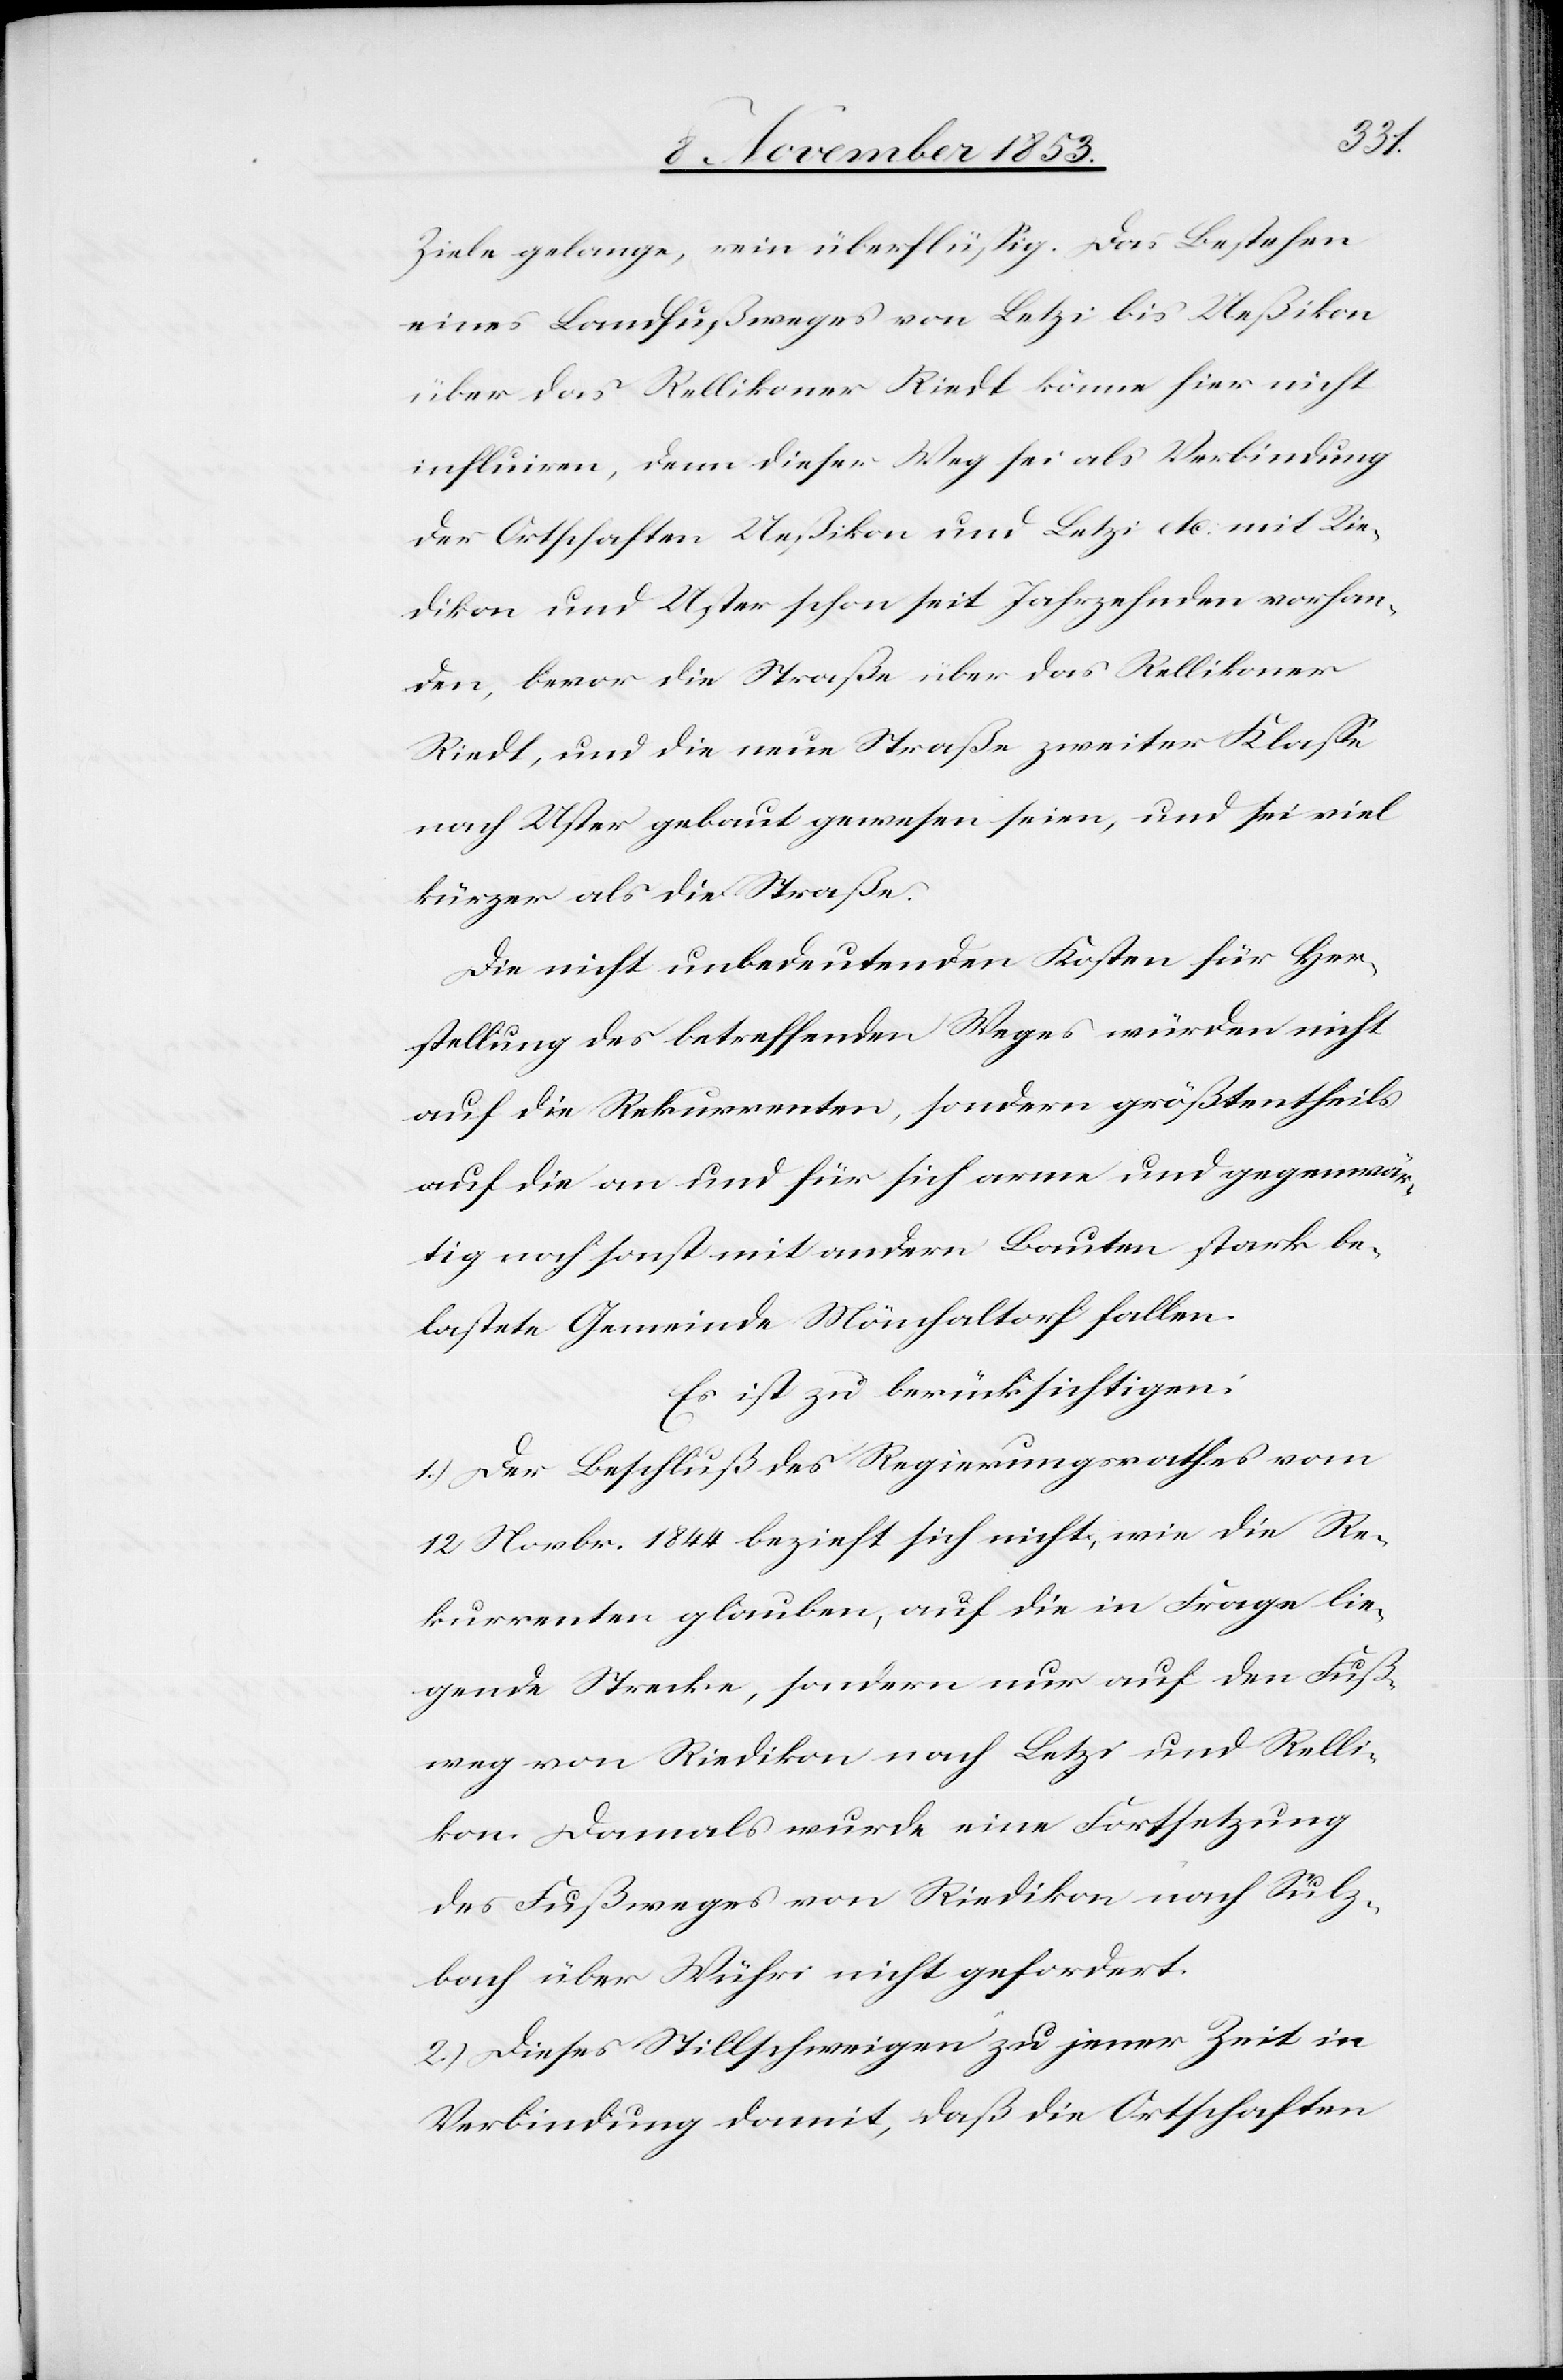
Ziele gelange, wie überflüßig. Das Bestehen
eines Landfußweges von Letzi bis Ueßikon
über das Rellikoner Riedt könne hier nicht
influiren, denn dieser Weg sei als Verbindung
der Ortschaften Ueßikon und Letzi etc. mit Rie¬
dikon und Uster schon seit Jahrzehnden [sic!] vorhan¬
den, bevor die Straße über das Rellikoner
Riedt, und die neue Straße zweiter Klaße
nach Uster gebaut gewesen seien, und sei viel
kürzer als die Straße.
Die nicht unbedeutenden Kosten für Her¬
stellung des betreffenden Weges würden nicht
auf die Rekurrenten, sondern größtentheils
auf die an und für sich arme und gegenwär¬
tig noch sonst mit andern Bauten stark be¬
lastete Gemeinde Mönchaltorf fallen.
Es ist zu berücksichtigen:
1.) Der Beschluß des Regierungsrathes vom
12 Novbr. 1844 bezieht sich nicht, wie die Re¬
kurrenten glauben, auf die in Frage lie¬
gende Strecke, sondern nur auf den Fuß¬
weg von Riedikon nach Letzi und Relli¬
kon. Damals wurde eine Fortsetzung
des Fußweges von Riedikon nach Sulz¬
bach über Wühri nicht gefordert.
2.) Dieses Stillschweigen zu jener Zeit in
Verbindung damit, daß die Ortschaften